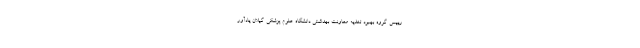
رییس گروه بهبود تغذیه معاونت بهداشتی دانشگاه علوم پزشکی گیلان یادآور